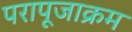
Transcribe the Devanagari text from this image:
परापूजाक्रम